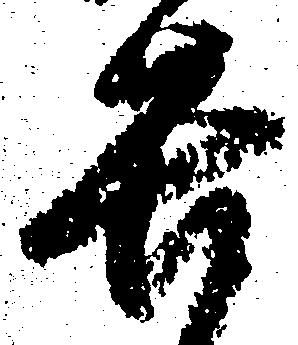
苦